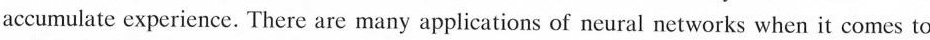
accumulate experience. There are many applications of neural networks when it comes to